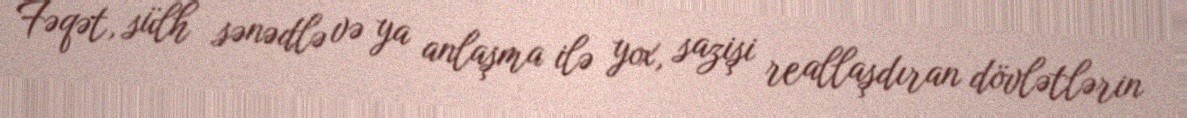
Fəqət, sülh sənədlə və ya anlaşma ilə yox, sazişi reallaşdıran dövlətlərin